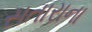
સતારાના